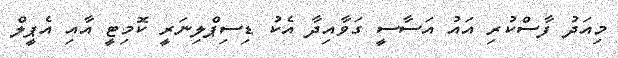
މިއަދު ފާސްކުރި އައު އަސާސީ ގަވާއިދާ އެކު ޑިސިޕްލިނަރީ ކޮމިޓީ އާއި އެޕީލް